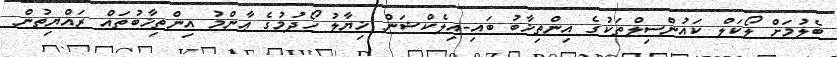
ބެލުމަށް ލޯކަލް ކައުންސިލްތަކުގެ އިންތިޚާބު ބައި-އިލެކްޝަން ޚިޔާލު ހޯދުމުގެ ޢާންމު އިންތިޚާބުތައް ރައްޔިތުން